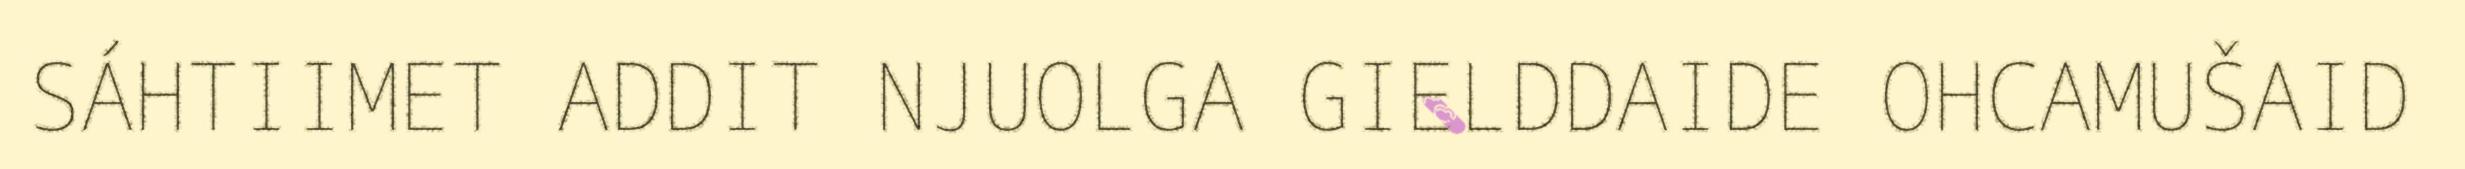
SÁHTIIMET ADDIT NJUOLGA GIELDDAIDE OHCAMUŠAID